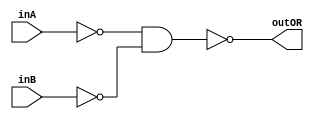
/* CSED273 lab1 experiment 2_ii */
/* lab1_2_ii.v */


/* Implement OR with {AND, NOT}
 * You are only allowed to wire modules together */
module lab1_2_ii(outOR, inA, inB);
	output wire outOR;
	input wire inA, inB;

	////////////////////////
	wire notA, notB, andNotANotB;
	not(notA, inA);
	not(notB, inB);
	and(andNotANotB, notA, notB);
	not(outOR, andNotANotB);
	////////////////////////

endmodule